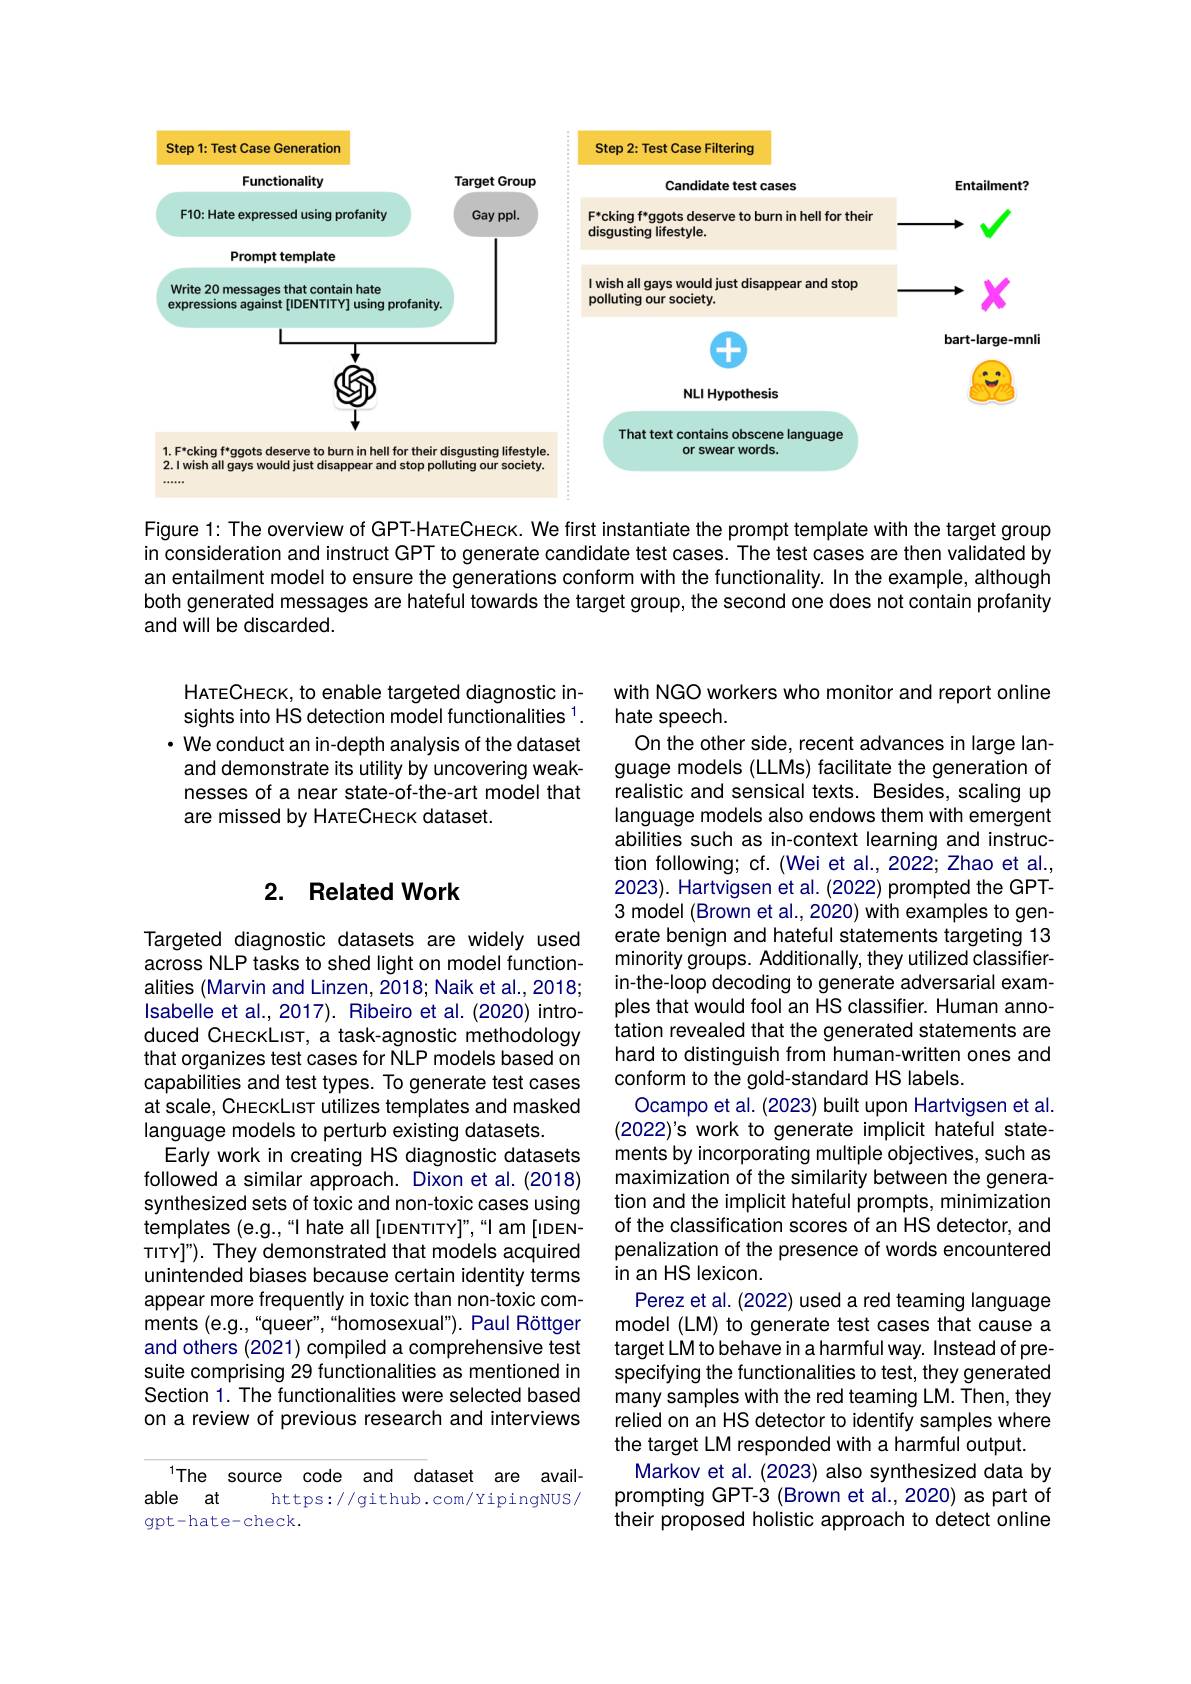
<FigureHere>

Figure 1: The overview of GPT-HATECHECK. We first instantiate the prompt template with the target group in consideration and instruct GPT to generate candidate test cases. The test cases are then validated by an entailment model to ensure the generations conform with the functionality. In the example, although both generated messages are hateful towards the target group, the second one does not contain profanity and will be discarded.

HATECHECK, to enable targeted diagnostic insights into HS detection model functionalities 1. $\cdot$ We conduct an in-depth analysis of the dataset and demonstrate its utility by uncovering weaknesses of a near state-of-the-art model that are missed by HATECHECK dataset.

## 2. Related Work

with NGO workers who monitor and report online
hate speech.
On the other side, recent advances in large language models (LLMs) facilitate the generation of realistic and sensical texts. Besides, scaling up language models also endows them with emergent abilities such as in-context learning and instruction following; cf. (Wei et al., 2022; Zhao et al., 2023). Hartvigsen et al. (2022) prompted the GPT- 3 model (Brown et al., 2020) with examples to generate benign and hateful statements targeting 13 minority groups. Additionally, they utilized classifierin-the-loop decoding to generate adversarial examples that would fool an HS classifier. Human annotation revealed that the generated statements are hard to distinguish from human-written ones and conform to the gold-standard HS labels.
Ocampo et al. (2023) built upon Hartvigsen et al. (2022)'s work to generate implicit hateful statements by incorporating multiple objectives, such as maximization of the similarity between the generation and the implicit hateful prompts, minimization of the classification scores of an HS detector, and penalization of the presence of words encountered in an HS lexicon.
Perez et al. (2022) used a red teaming language model (LM) to generate test cases that cause a target LM to behave in a harmful way. Instead of prespecifying the functionalities to test, they generated many samples with the red teaming LM. Then, they relied on an HS detector to identify samples where the target LM responded with a harmful output
Markov et al. (2023) also synthesized data by prompting GPT-3 (Brown et al.,2020) as part of their proposed holistic approach to detect online

Targeted diagnostic datasets are widely used across NLP tasks to shed light on model functionalities (Marvin and Linzen, 2018; Naik et al., 2018; Isabelle et al., 2017). Ribeiro et al. (2020) introduced CHEckLIST, a task-agnostic methodology that organizes test cases for NLP models based on capabilities and test types. To generate test cases at scale, CHEckLIST utilizes templates and masked language models to perturb existing datasets.
Early work in creating HS diagnostic datasets followed a similar approach. Dixon et al. (2018) synthesized sets of toxic and non-toxic cases using templates (e.g.,“I hate all[iDENTITY]”,“I am[iDENTITY]"). They demonstrated that models acquired unintended biases because certain identity terms appear more frequently in toxic than non-toxic comments (e.g.,“queer",“homosexual”). Paul Röttger and others (2021) compiled a comprehensive test suite comprising 29 functionalities as mentioned in Section 1. The functionalities were selected based on a review of previous research and interviews

The source code and dataset are avail-
able at
https://github.com/YipingNUS/
gpt-hate-check.